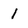
Character: 1